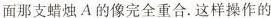
面那支蜡烛A的像完全重合.这样操作的